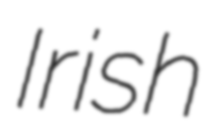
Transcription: Irish